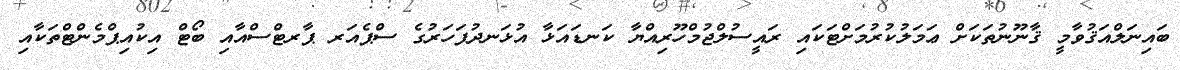
ބައިނަލްއަޤުވާމީ ޤާނޫނުތަކަށް ޢަމަލުކުރުމަށްޓަކައި ރައީސުލްޖުމްހޫރިއްޔާ ކަނޑައަޅާ އުޅަނދުފަހަރުގެ ސްޕެއަރ ޕާރޓްސްއާއި ބޯޓް އިކުއިޕްމެންޓްތަކާއި